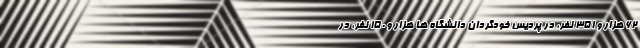
۶۲ هزار و ۳۵۱ نفر، در پردیس خودگردان دانشگاه ها هزار و ۱۵۰ نفر، در